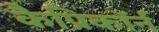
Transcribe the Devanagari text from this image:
कैप्रिकॉर्न